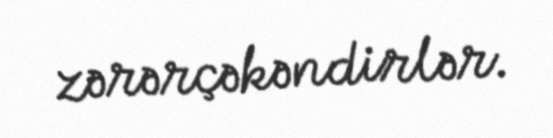
zərərçəkəndirlər.